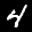
Label: 4